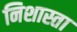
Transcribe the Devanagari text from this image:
निशास्ता